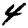
Digit: 4